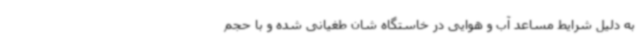
به دلیل شرایط مساعد آب و هوایی در خاستگاه شان طغیانی شده و با حجم